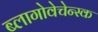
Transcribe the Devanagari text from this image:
ब्लागोवेचेन्स्क